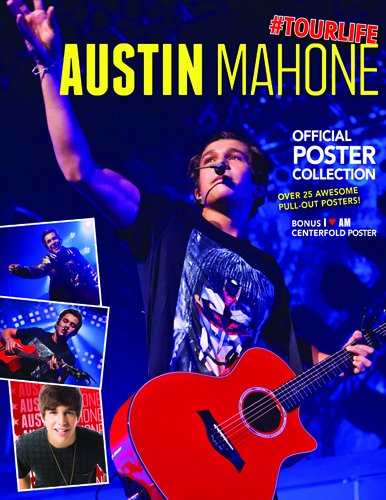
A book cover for Austin Mahone 2nd Edition Poster Collection; BrownTrout; Calendars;